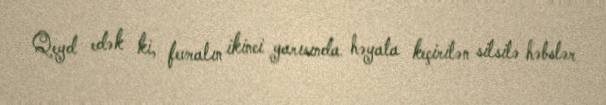
Qeyd edək ki, fevralın ikinci yarısında həyata keçirilən silsilə həbslər